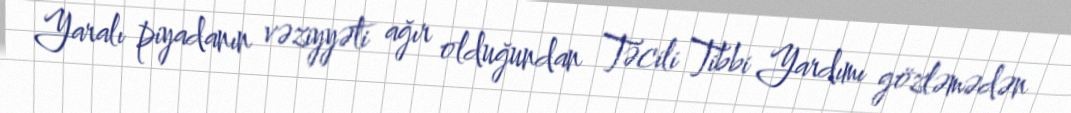
Yaralı piyadanın vəziyyəti ağır olduğundan Təcili Tibbi Yardımı gözləmədən